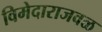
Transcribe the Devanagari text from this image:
विमेदाराजवळ